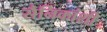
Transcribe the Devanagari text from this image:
सैनिकांशी